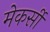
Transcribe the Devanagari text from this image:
मेकर्सी